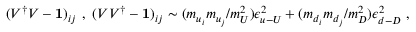
( V ^ { \dagger } V - { \bf 1 } ) _ { i j } ~ , ~ ( V V ^ { \dagger } - { \bf 1 } ) _ { i j } \sim ( m _ { u _ { i } } m _ { u _ { j } } / m _ { U } ^ { 2 } ) \epsilon _ { u { \mathrm { - } } U } ^ { 2 } + ( m _ { d _ { i } } m _ { d _ { j } } / m _ { D } ^ { 2 } ) \epsilon _ { d { \mathrm { - } } D } ^ { 2 } ~ ,